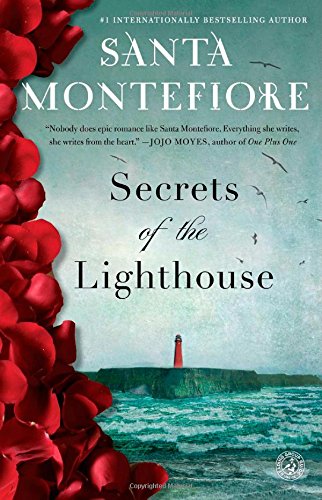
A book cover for Secrets of the Lighthouse: A Novel; Santa Montefiore; Literature & Fiction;